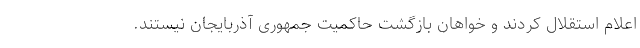
اعلام استقلال کردند و خواهان بازگشت حاکمیت جمهوری آذربایجان نیستند.